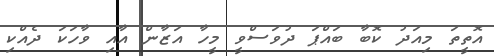
އޮތީތަ މިއަދު ކޮބާ ބައްޕަ ދުވަސްވީ މީހާ އަޒާން އާއި ވާހަކަ ދެއްކި